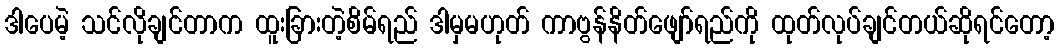
ဒါပေမဲ့ သင်လိုချင်တာက ထူးခြားတဲ့စိမ်ရည် ဒါမှမဟုတ် ကာဗွန်နိတ်ဖျော်ရည်ကို ထုတ်လုပ်ချင်တယ်ဆိုရင်တော့